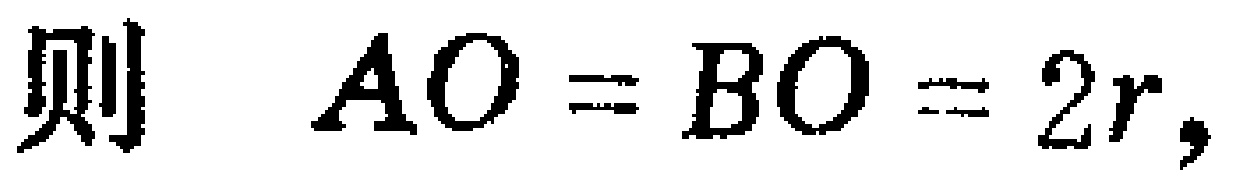
则 \(AO = BO = 2r,\)